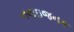
નવાઇજનક